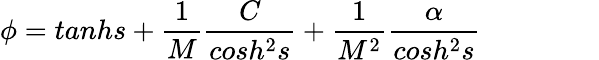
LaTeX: \phi=tanhs+\frac{1}{M}\frac{C}{cosh^{2}s}+\frac{1}{M^{2}}\frac{\alpha}{cosh^{2}s}\; \; \; \; \; \; \; \; \; \; \; \; \; \; \;